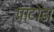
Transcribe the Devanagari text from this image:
पाटोडा